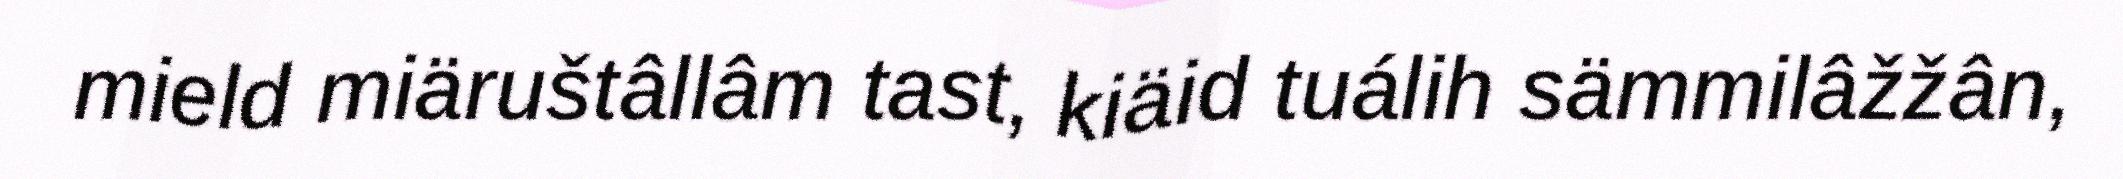
mield miäruštâllâm tast, kiäid tuálih sämmilâžžân,